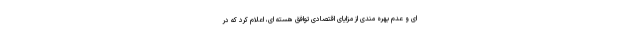
ای و عدم بهره مندی از مزایای اقتصادی توافق هسته ای، اعلام کرد که در